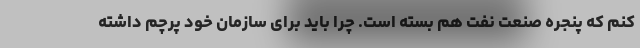
کنم که پنجره صنعت نفت هم بسته است. چرا باید برای سازمان خود پرچم داشته